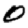
Digit: 0